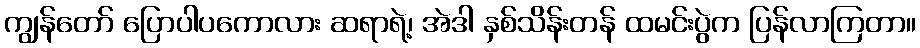
ကျွန်တော် ပြောပါပကောလား ဆရာရဲ့၊ အဲဒါ နှစ်သိန်းတန် ထမင်းပွဲက ပြန်လာကြတာ။